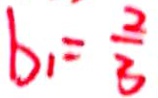
b _ { 1 } = \frac { 2 } { 3 }